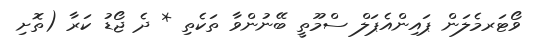
ވޯޓަރމެލަން ޕައިންއެޕަލް ސްމޫތީ ބޭނުންވާ ތަކެތި * ދެ ޖޯޑު ކަރާ (ތޮށި